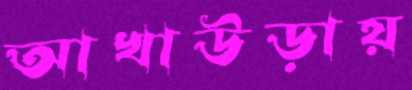
আখাউড়ায়